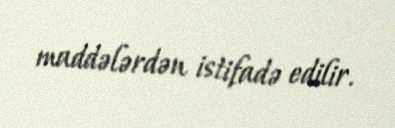
maddələrdən istifadə edilir.